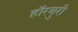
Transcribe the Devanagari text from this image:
हॉरबुरी